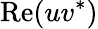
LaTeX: \mathrm{Re}(uv^{*})